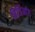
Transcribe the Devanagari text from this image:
बिजिआंग